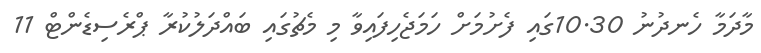
މާދަމާ ހެނދުނު 10.30ގައި ފެށުމަށް ހަމަޖެހިފައިވާ މި މެޗުގައި ބައްދަލުކުރާ ޕްރެސިޑެންޓް 11